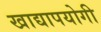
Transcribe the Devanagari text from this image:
खाद्यापयोगी